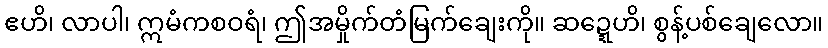
ဧဟိ၊ လာပါ၊ ဣမံကစဝရံ၊ ဤအမှိုက်တံမြက်ချေးကို။ ဆဍ္ဍေဟိ၊ စွန့်ပစ်ချေလော။